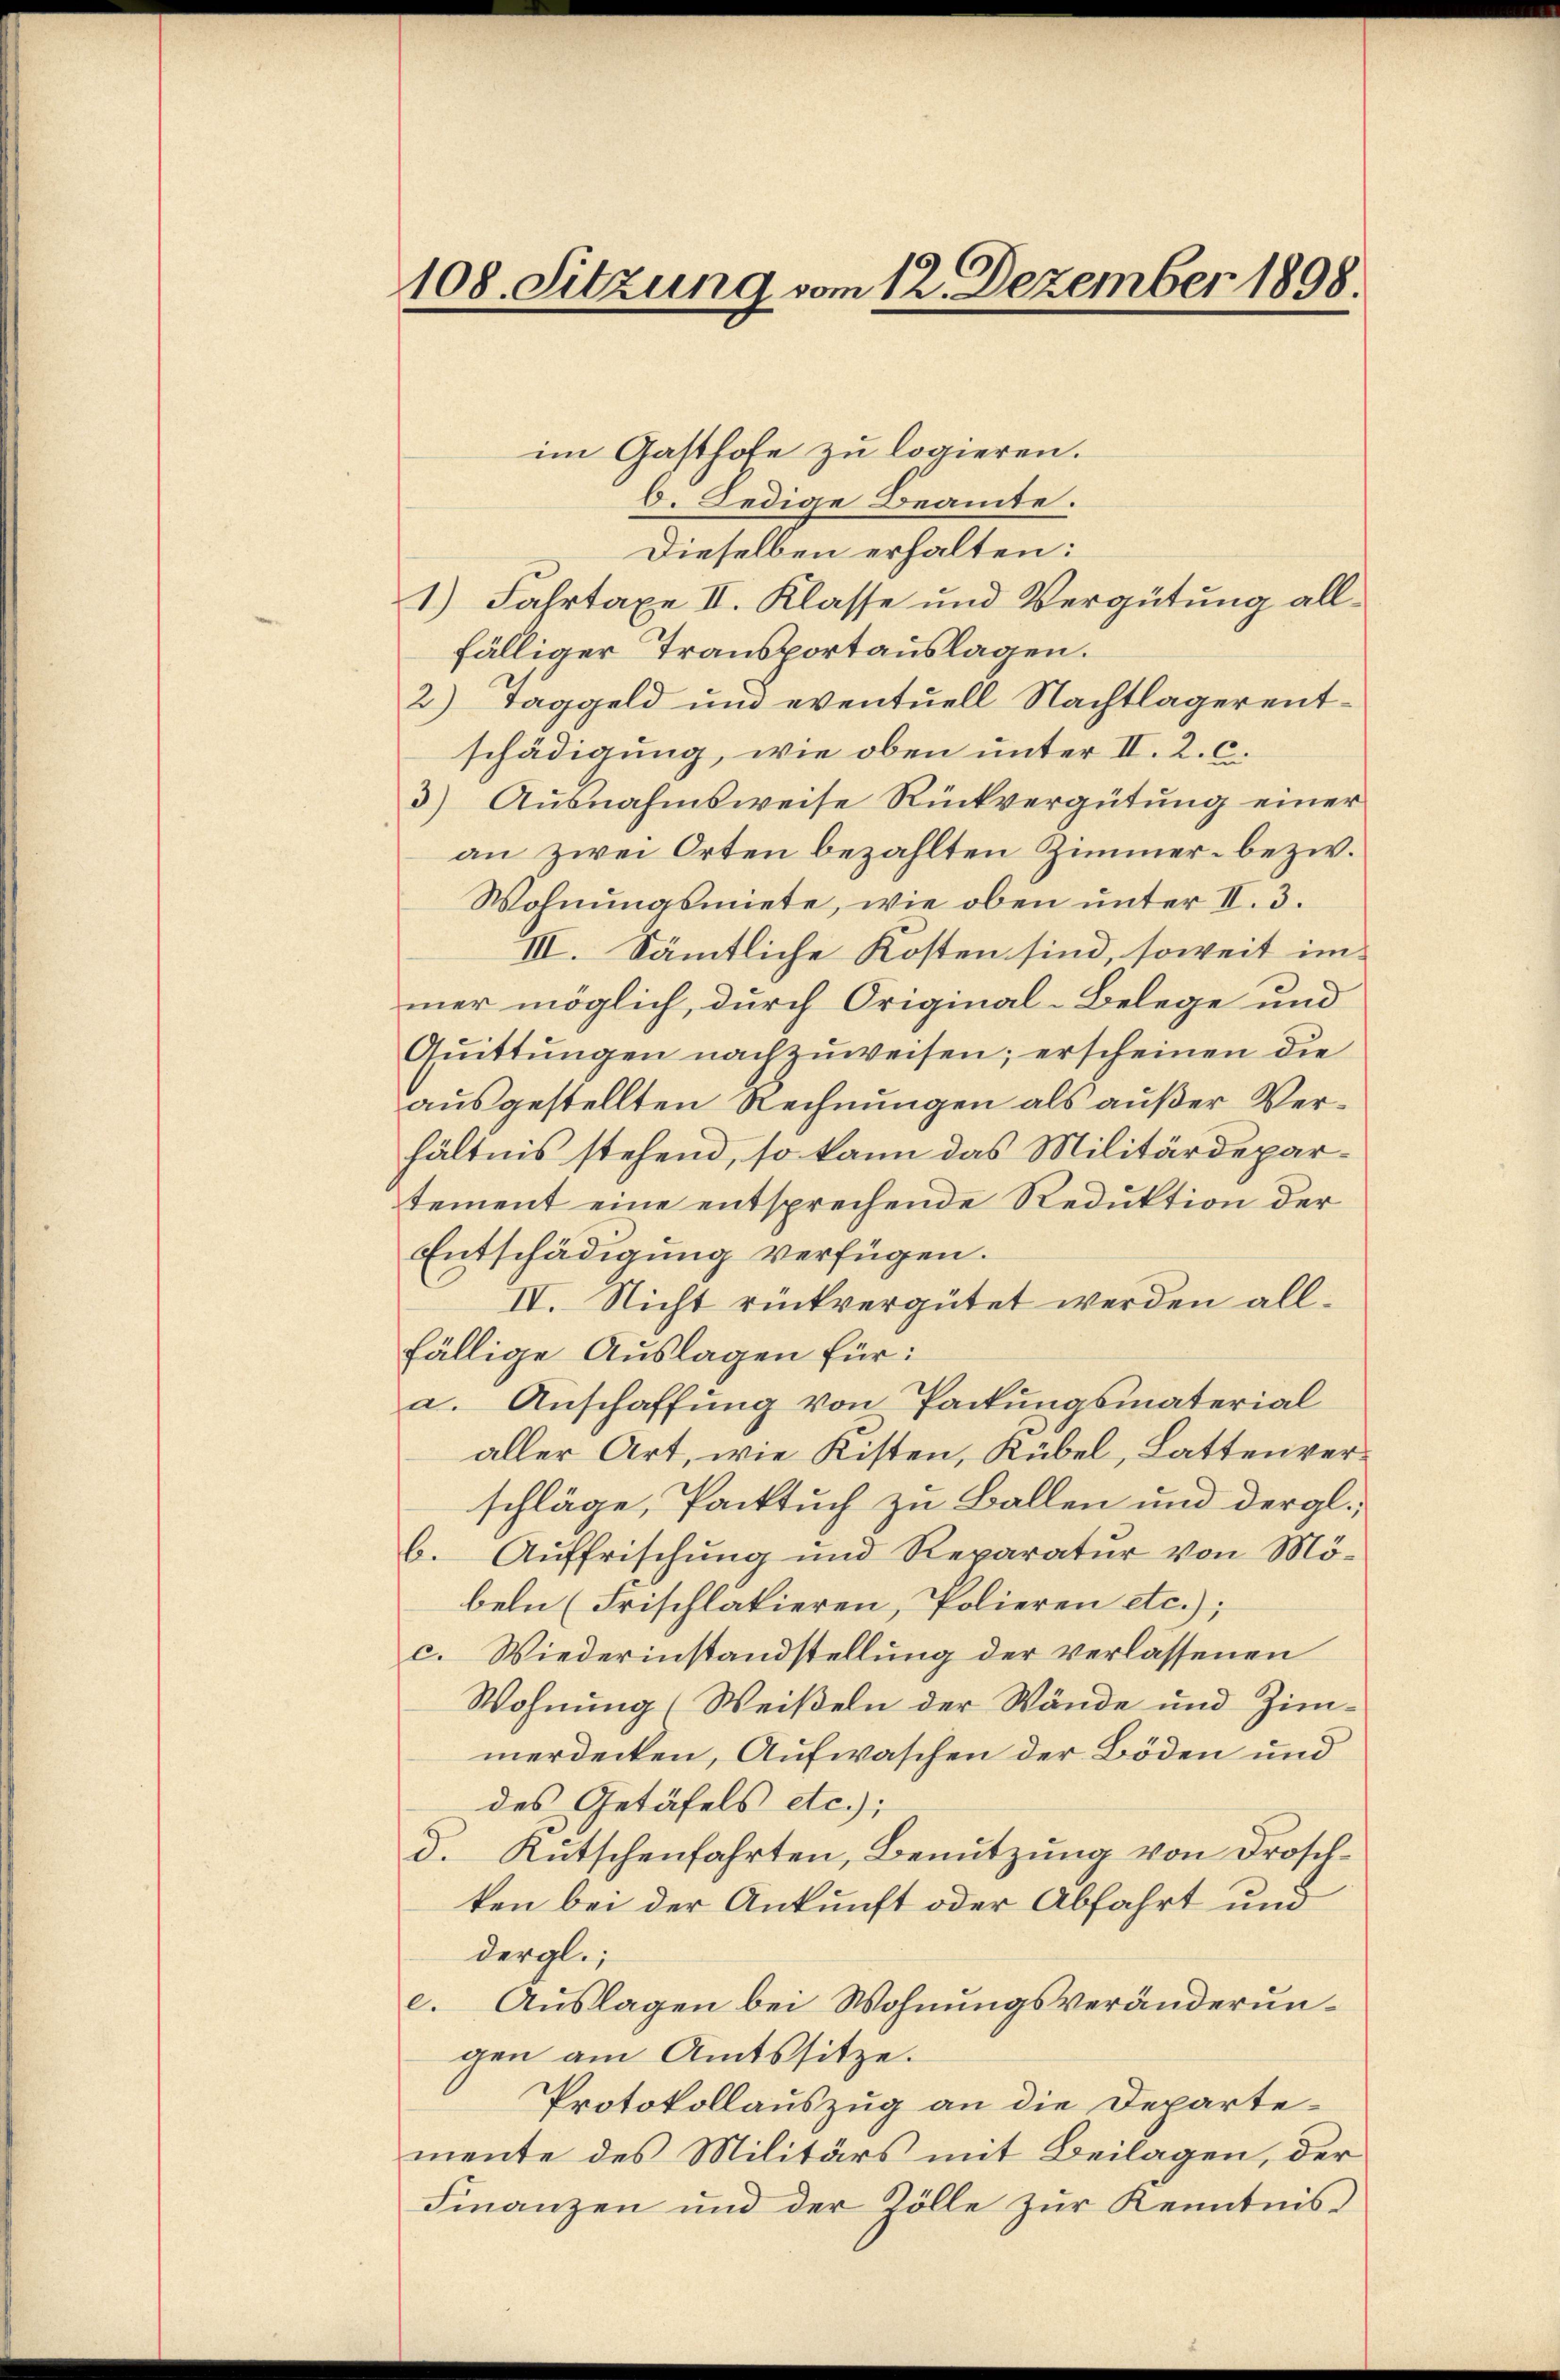
108. Sitzung vom 12. Dezember 1898.

im Gastlose zu logieren.
6. Ledige Beamte.
Dieselben erhalten:
1) Fahrtaxe II. Klasse und Vergütung allfälliger Transportauslagen.
2) Taggeld und eventuell Nachtlager entschädigung, wie oben unter II. 2. C.
3) Ausnahmsweise Rückvergütung einer
an zwei Orten bezahlten Zimmer- bezw.
Wohnungsmiete, wie oben unter II. 3.
III. Sämtliche Kosten sind, soweit im
mer möglich, durch Original-Belege und
Qŭittŭngen nachzuweisen; erscheinen die
ausgestellten Rechnungen als außer Verhältnis stehend, so kann das Militärdepartement eine entsprechende Reduktion der
Entschädigung verfügen.
IV. Nicht rückvergütet werden allfällige Auslagen für:
a. Anschaffung von Packungsmaterial
aller Art, wie Kisten, Kübel, Lattenverschläge, Packtuch zu Ballen und dergl.
b. Auffrischung und Reparatur von Mö-
beln (Frischlatieren, Polieren etc.);
c. Wiederinstandstellung der verlassenen
Wohnung Weißeln der Wände und Zimmerdecken, Aufwaschen der Böden und
des Getäfels etc.);
d. Rutschenfahrten, Benutzung von Droschten bei der Ankunft oder Abfahrt und
dergl.;
e. Auslagen bei Wohnungsveränderungen am Amtssitze.
Protokollauszug an die Departemente des Militärs mit Beilagen, der
Finanzen und der Zölle zur Kenntnis